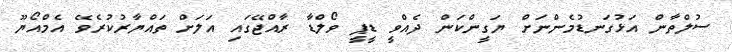
ސުލްތާން އަޅުގަނޑުމެންނަށް ޔަގީންކަން ދެއްވީ ޑީޕީ ވޯލްޑާ ރާއްޖޭގައި އަލަށް ތައްޔާރުކުރެވޭ އެމްއޯޔޫ